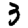
Digit: 3